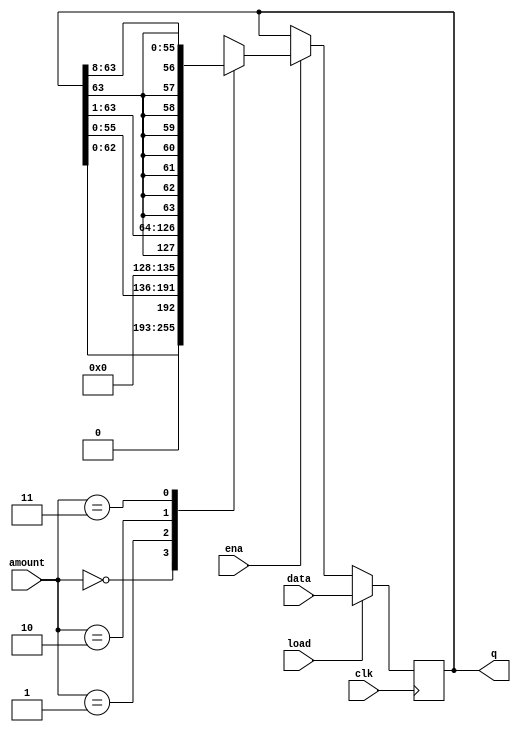
module top_module(
    input clk,
    input load,
    input ena,
    input [1:0] amount,
    input [63:0] data,
    output reg [63:0] q); 

always @(posedge clk)
begin
    if(load)
        q <= data;
    else if(ena)
    begin
        case(amount)
            2'b00:  q <= {q[62:0],1'b0};
            2'b01:  q <= {q[55:0],8'h00};
            2'b10:  q <= {q[63], q[63], q[62:1]};
            2'b11:  q <= {q[63], {8{q[63]}}, q[62:8]};
        default: q <= q;
        endcase
    end

end
endmodule